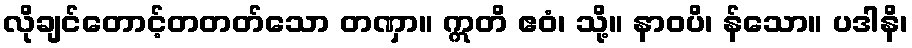
လိုချင်တောင့်တတတ်သော တဏှာ။ ဣတိ ဧဝံ၊ သို့။ နာဝပိ၊ န်သော။ ပဒါနိ၊